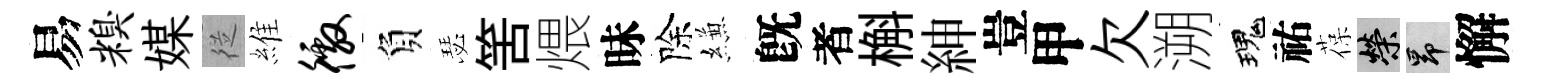
易糗媒従維徼負瑟筈煨昧除縑旣者槲紳豈甲欠溯瑰祐葆榮昂懈